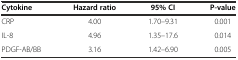
<table><thead><tr><td><b>Cytokine</b></td><td><b>Hazard ratio</b></td><td><b>95% CI</b></td><td><b>P-value</b></td></tr></thead><tbody><tr><td>CRP</td><td>4.00</td><td>1.70–9.31</td><td>0.001</td></tr><tr><td>IL-8</td><td>4.96</td><td>1.35–17.6</td><td>0.014</td></tr><tr><td>PDGF-AB/BB</td><td>3.16</td><td>1.42–6.90</td><td>0.005</td></tr></tbody></table>